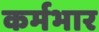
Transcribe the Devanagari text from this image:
कर्मभार